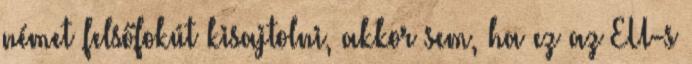
német felsőfokút kisajtolni, akkor sem, ha ez az EU-s